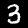
Digit: 3